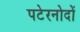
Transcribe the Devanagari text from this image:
पटेरनोदों